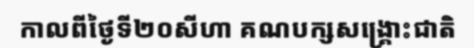
កាលពីថ្ងៃទី២០សីហា គណបក្សសង្គ្រោះជាតិ